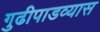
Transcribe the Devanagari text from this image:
गुढीपाडव्यास